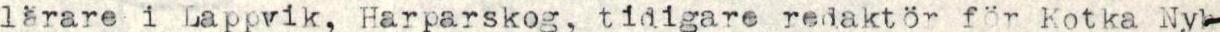
lärare i Lappvik, Harparskog, tidigare redaktör for Kotka Ny-